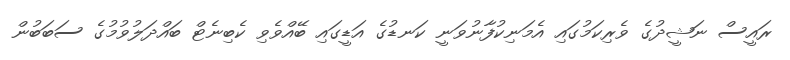
ރައީސް ނަޝީދުގެ ވެރިކަމުގައި އެމަނިކުފާނުވަނީ ކަނޑުގެ އަޑީގައި ބޭއްވެވި ކެބިނެޓް ބައްދަލުވުމުގެ ސަބަބުން